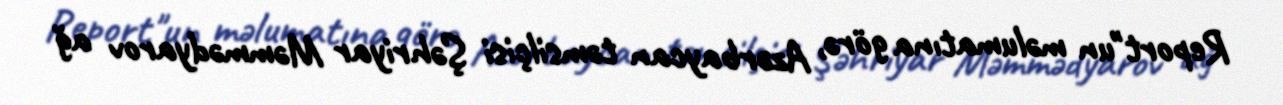
Report"un məlumatına görə, Azərbaycan təmsilçisi Şəhriyar Məmmədyarov ağ